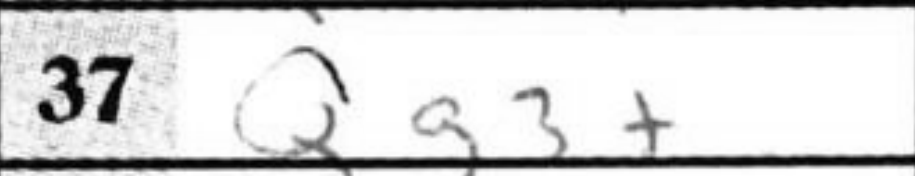
Transcription: Qg3+